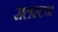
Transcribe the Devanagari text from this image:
रालस्टन